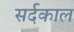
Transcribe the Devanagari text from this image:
सर्दकाल